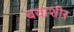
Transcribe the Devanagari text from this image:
बवाशीर